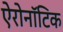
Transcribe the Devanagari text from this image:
ऐरोनॉटिक